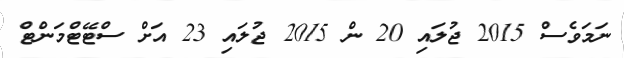
ނަމަވެސް 2015 ޖުލައި 20 ން 2015 ޖުލައި 23 އަށް ސްޓޭޓްމަންޓް